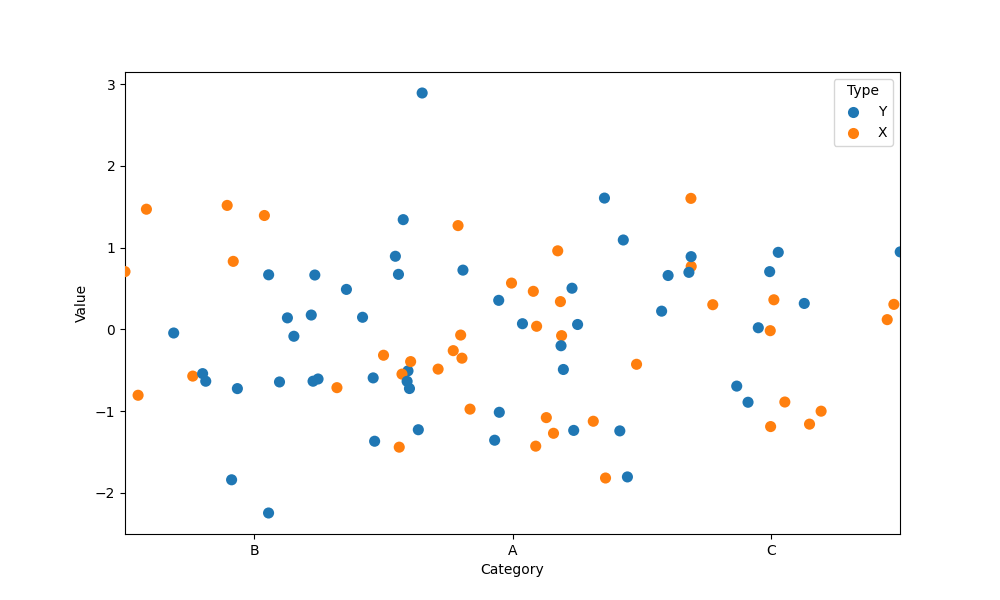
python, seaborn, stripplot, jitter=True, dodge=False, alpha=1.0, size=8